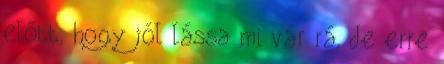
előtt, hogy jól lássa mi vár rá, de erre